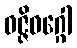
ဝဇ္ဇိဝဂ္ဂေါ